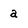
Character: a